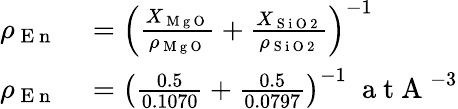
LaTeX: \begin{array}{rl}{\rho_{\mathrm{~E~n~}}}&{{}=\left(\frac{X_{\mathrm{~M~g~O~}}}{\rho_{\mathrm{~M~g~O~}}}+\frac{X_{\mathrm{~S~i~O~2~}}}{\rho_{\mathrm{~S~i~O~2~}}}\right)^{-1}}\\ {\rho_{\mathrm{~E~n~}}}&{{}=\left(\frac{0.5}{0.1070}+\frac{0.5}{0.0797}\right)^{-1}\; \mathrm{~a~t~A~}^{-3}}\end{array}